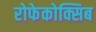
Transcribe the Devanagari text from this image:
रोफेकोक्सिब